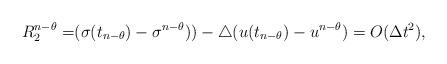
LaTeX: \begin{align*}R_2^{n-\theta}=&(\sigma(t_{n-\theta})-\sigma^{n-\theta}))-\bigtriangleup (u(t_{n-\theta})-u^{n-\theta})=O(\Delta t^2),\end{align*}